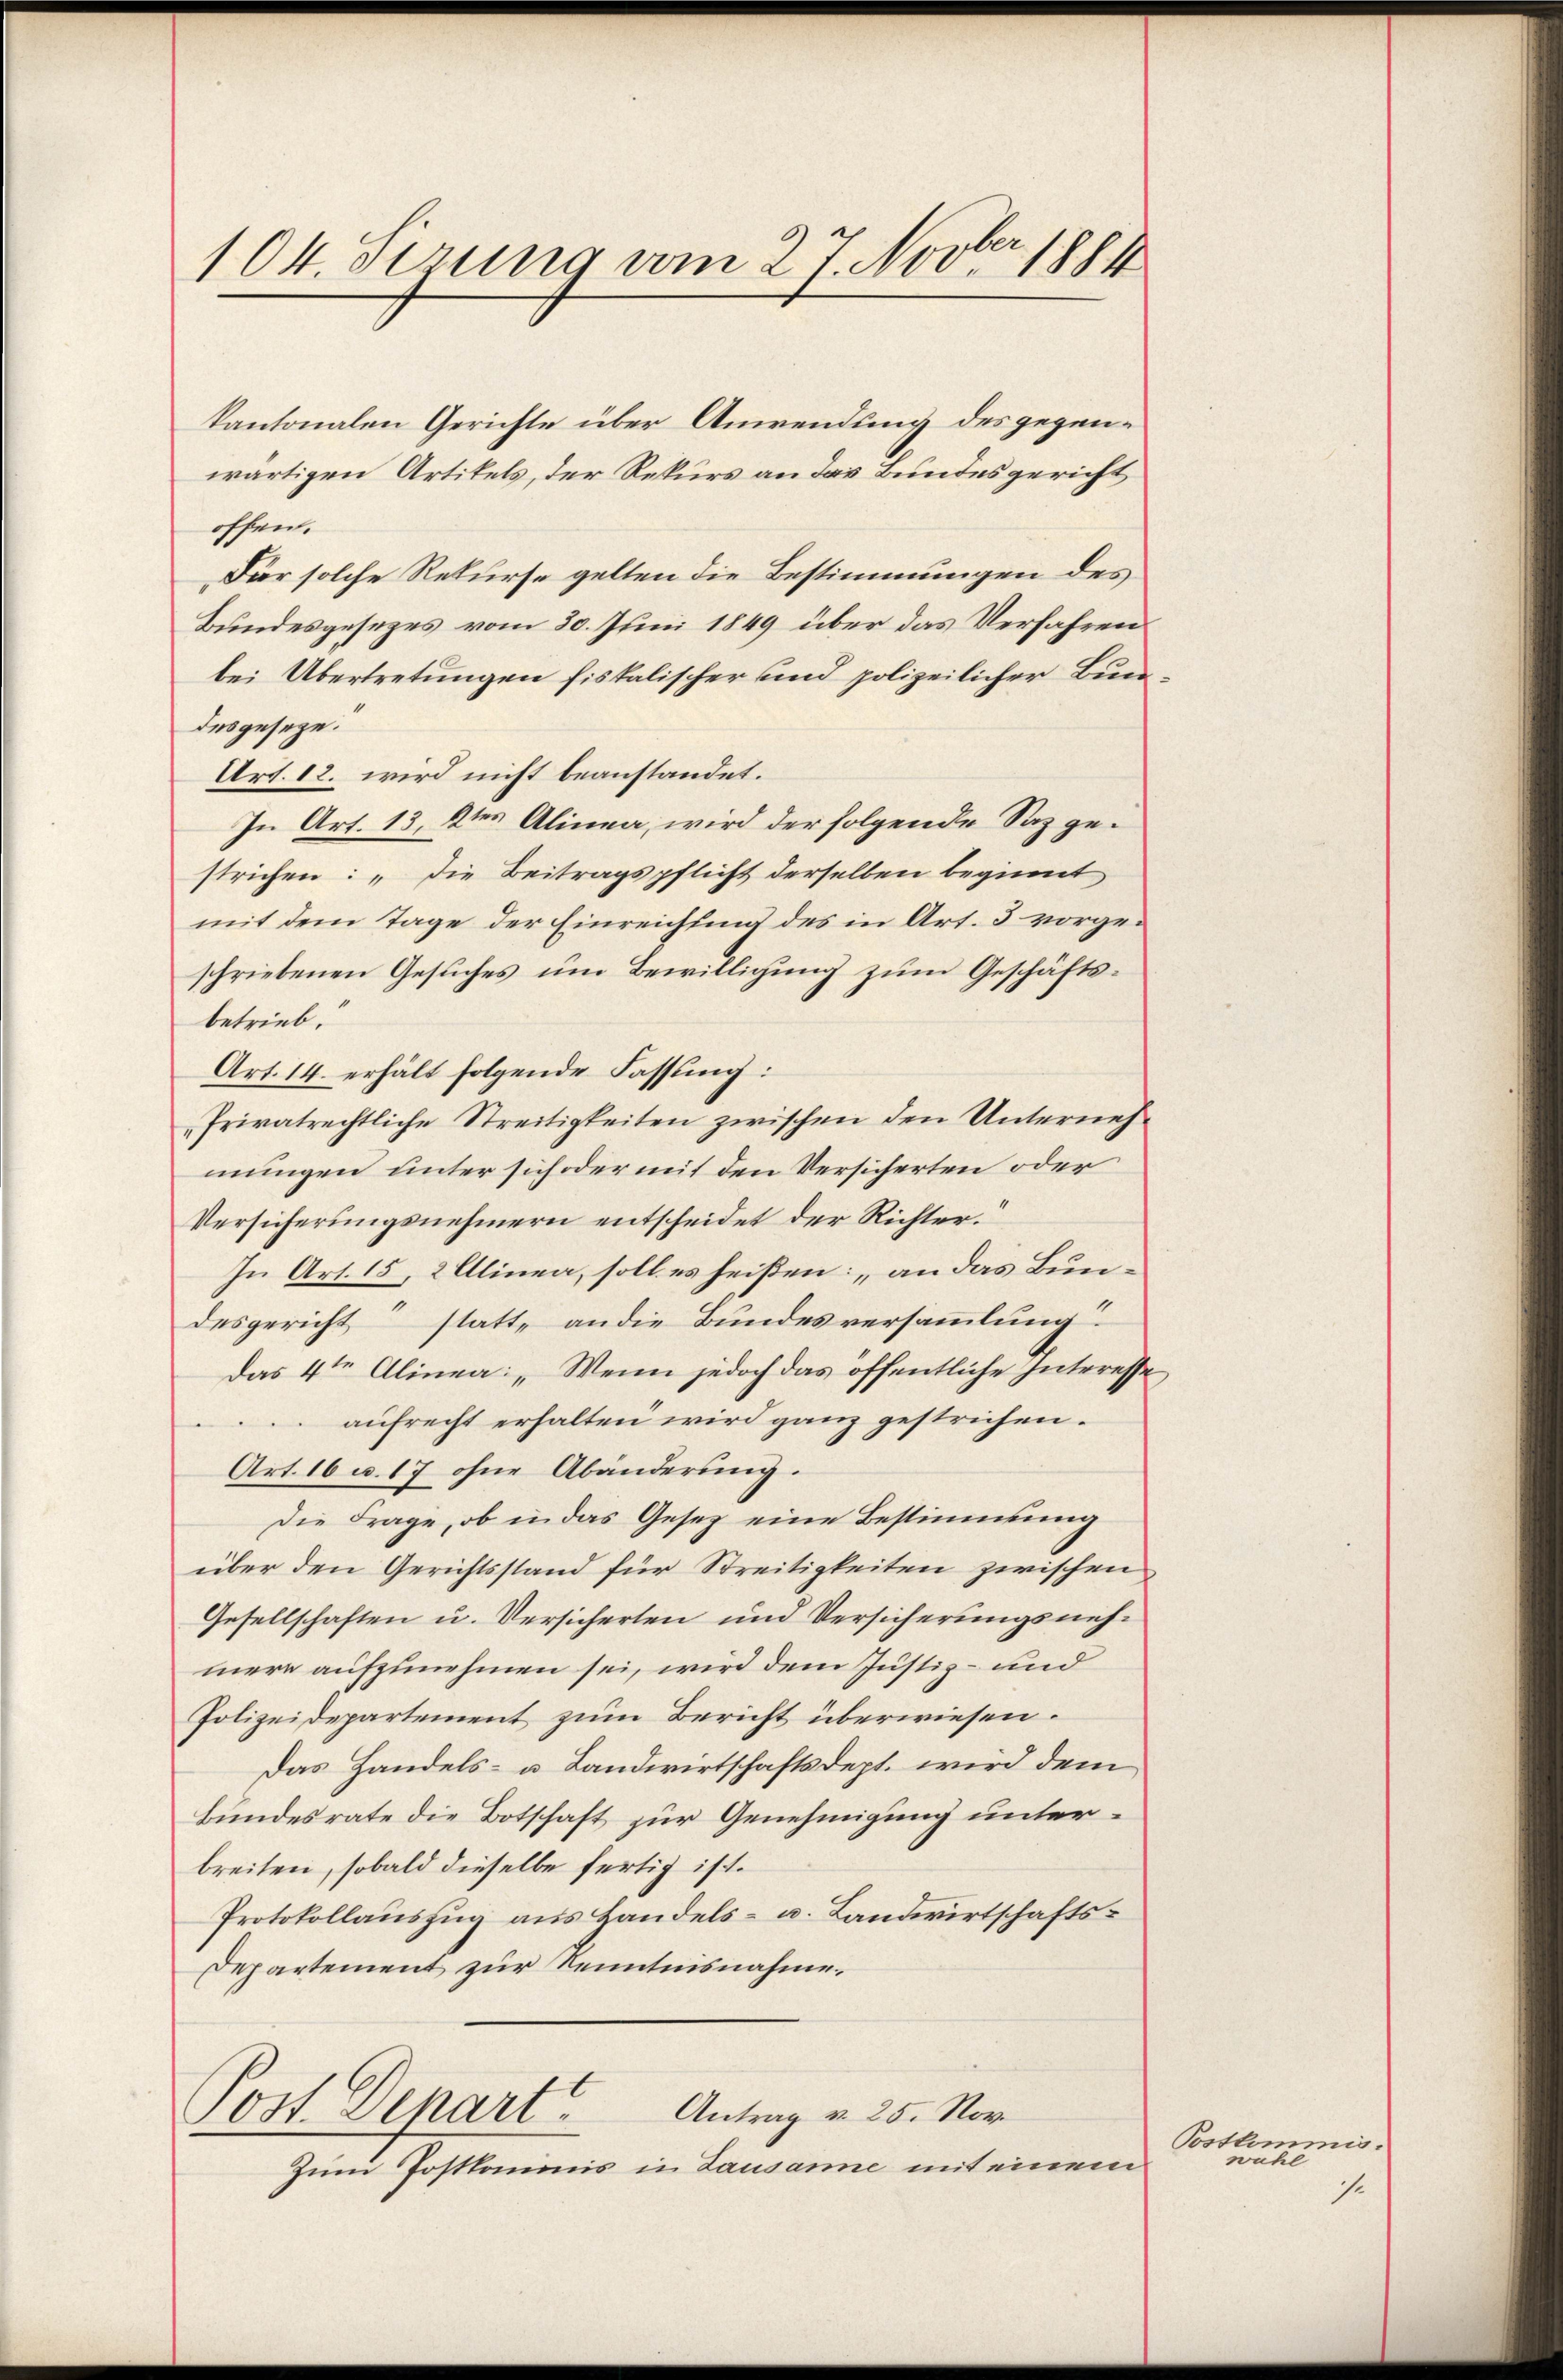
104. Perung vom 27. Novber 1884

wärtigen Artikels, der Rekurs an das Bundesgericht
offen.
Dar solche Rekurse gelten die Bestimmungen des
Bundesgesezes vom 30. Juni 1849 über das Verfahren
bei Übertretungen fiskalischer und polizeilicher Bun
desgeseze.
Art. 12. wird nicht beanstandet.
In Art. 13, Ktes Alinea, wird der folgende Saz gestrichen: „Die Beitragspflicht derselben beginnt
mit dem Tage der Einreichung des in Art. 3 vorgeschriebenen Gesuches um Bewilligung zum Geschäftsbetrieb.
Art. 14. erhält folgende Fassung:
Privatrechtliche Streitigkeiten zwischen den Unternehmungen unter sich oder mit den Versicherten oder
Versicherungsnehmern entscheidet der Richter.
In Art. 15, 2 Alinea, soll es heißen: „an das Bundesgericht statte an die Bundesversammlung.
Das 4ten Alinea: „Wenn jedoch das öffentliche Interesse
aufrecht erhalten wird ganz gestrichen.
Art. 16 u. 17 ohne Abänderung.
Die Frage, ob in das Gesetz eine Bestimmung
über den Gerichtsstand für Streitigkeiten zwischen
Gesellschaften u. Versicherten und Versicherungsnehmere aufzunehmen sei, wird dem Justiz- und
Polizeidepartement zum Bericht überwiesen.
Das Handels- u Landwirtschaftsdept. wird dem
Bundesrate die Botschaft zur Genehmigung unterbreiten, sobald dieselbe fertig ist.
Protokollauszug aus Handels- u. Landwirtschafts¬
Departement zur Kenntnisnahme.

kantonalen Gerichte über Anwendung des gegen¬

Post. Denart
Antrag v. 25. Nov.

Zum Postkommnis in Lausanne mit einem

Postkommiswühl
s